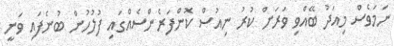
ނަމަވެސް މިއަދު ބޭއްވި ވަރަށް ކުރު ނިއުސް ކޮންފަރެންސެއްގައި ފުލުހުން ބުނެފައި ވަނީ